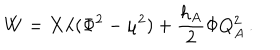
W = X \lambda ( \Phi ^ { 2 } - \mu ^ { 2 } ) + { \frac { h _ { A } } { 2 } } \Phi Q _ { A } ^ { 2 } \, .